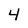
Character: 4